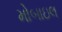
મોબાઇલ